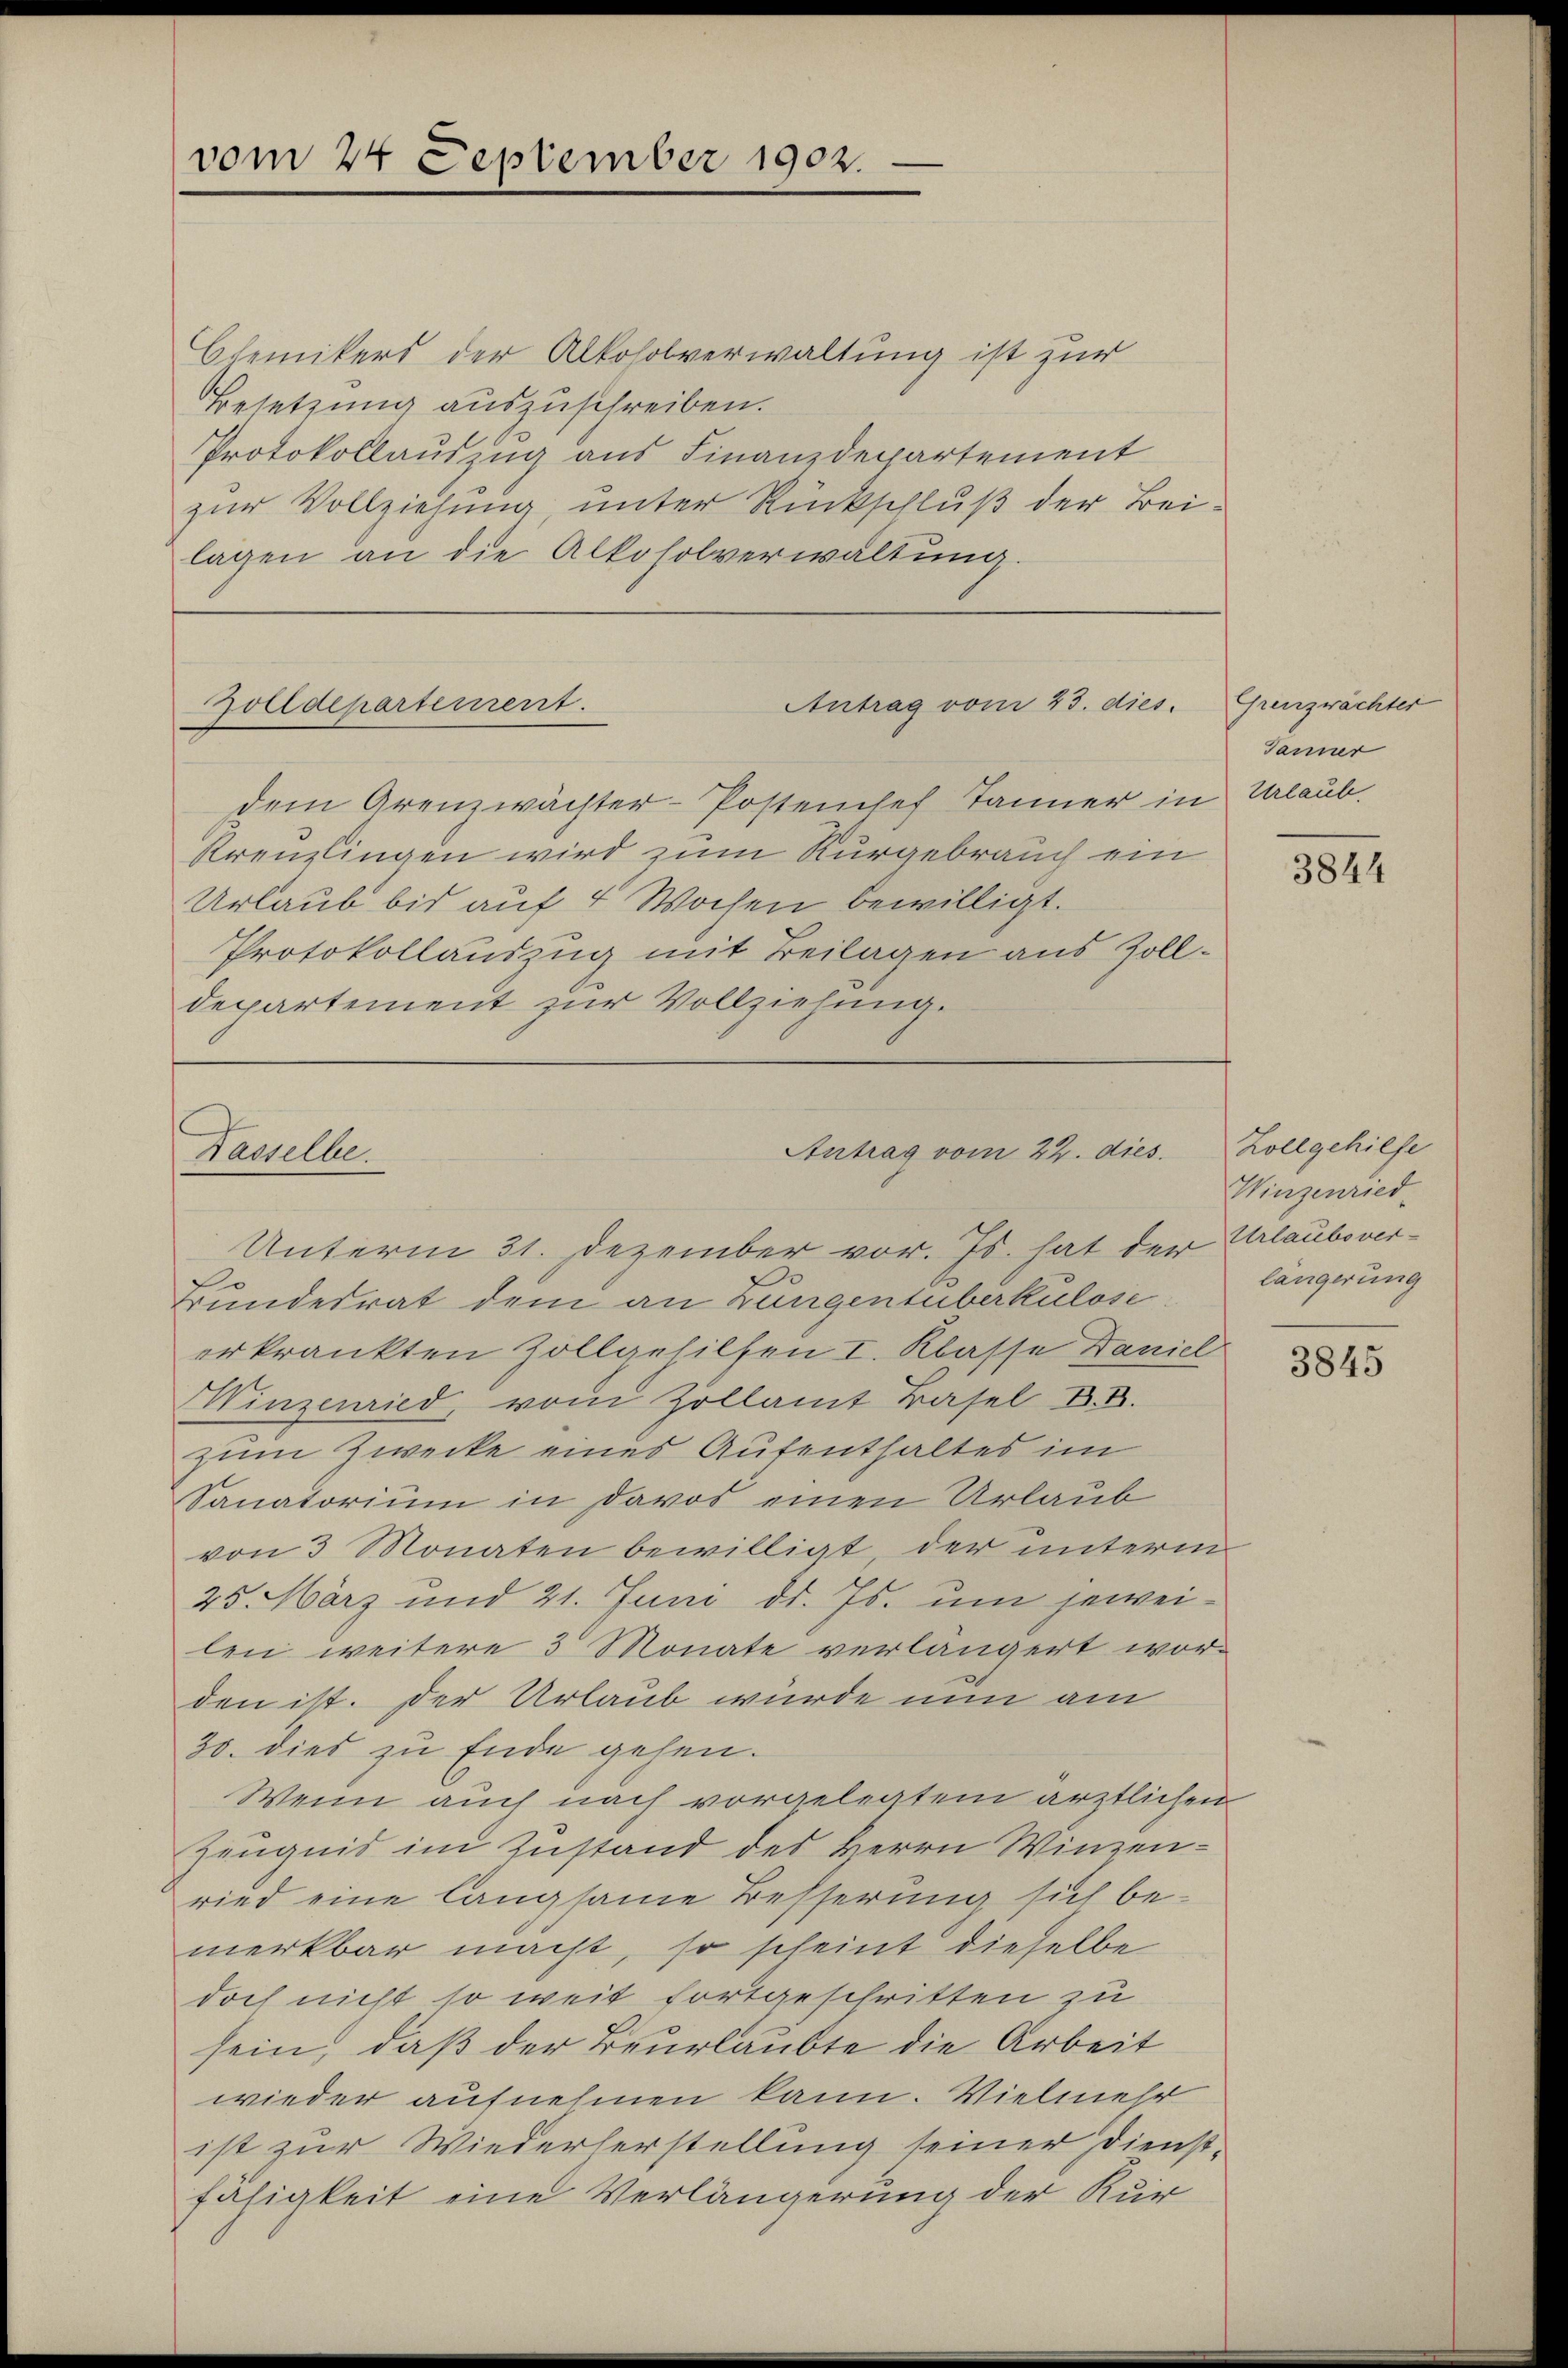
Chemikers der Alkoholverwaltung ist zur
Besetzung auszuschreiben.
Protokollauszug aus Finanzdepartement
zur Vollziehung, unter Rückschluß der Beilagen an die Alkoholverwaltung.

vom 24 September 1902.

Zolldepartement.
Antrag vom 23. dies

Antrag vom 22. dies
Dasselbe.

dem Grenzwächter-Postenhef Jänner in Urlaub.
Krenzlingen wird zum Kurgebrauch ein
Urlaub bis auf 4 Wochen bewilligt.
Protokollauszug mit Beilagen aus Zolldepartement zur Vollziehung.

Unterm 31. Dezember vor. Js. hat der Urlaubsver¬
Bundesrat dem an Zungensüberkulose
erkrankten Zollgehilfen I. Klasse Daniel
Winzenried, von Zollamt Basel B. B.
zum Zwecke eines Aufenthaltes im
Sanatorium in Davos einen Urlaub
von 3 Monaten bewilligt, der unterm
25. März und 21. Juni d. Js. um jeweilei weitere 3 Monate verlängert worden ist. Der Urlaub würde nun am
30. dies zu Ende gehen.
Wenn auch nach vorgelegtem ärztlichen
Zeugnis im Zustand des Herrn Winzenried eine langsame Besserung sich be-
merkbar macht, so scheint dieselbe
doch nicht so weit fortgeschritten zu
sein, daß der Beurlaubte die Arbeit
wieder aufnehmen kann. Vielmehr
ist zur Wiederherstellung seiner Dienst-
fähigkeit eine Verlängerung der Kur

Grenzwächter
Janner

Zollgehilfe
Winzenried
längerung

3844

3845